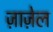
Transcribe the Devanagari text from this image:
ज़ाज़ेल